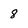
Character: 8